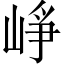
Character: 崢